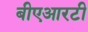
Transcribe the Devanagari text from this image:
बीएआरटी